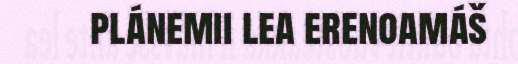
plánemii lea erenoamáš